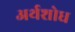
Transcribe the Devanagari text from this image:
अर्थशोध